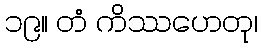
၁၉။ တံ ကိဿဟေတု၊